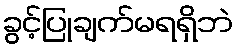
ခွင့်ပြုချက်မရရှိဘဲ